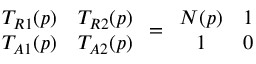
\begin{array} { c c } { { T _ { R 1 } ( p ) } } & { { T _ { R 2 } ( p ) } } \\ { { T _ { A 1 } ( p ) } } & { { T _ { A 2 } ( p ) } } \end{array} = \begin{array} { c c } { { N ( p ) } } & { { 1 } } \\ { { 1 } } & { { 0 } } \end{array}